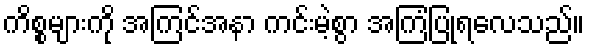
ကိစ္စများကို အကြင်အနာ ကင်းမဲ့စွာ အကြံပြုရလေသည်။